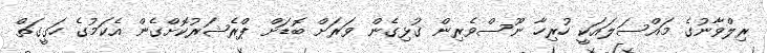
ރިލްވާނުގެ މައްސަލައަކީ ހުރިހާ ނޫސްވެރިން ގުޅިގެން ވަރަށް ބޮޑަށް ޕްރެޝަރުކޮށްގެން އެކަމުގެ ހަގީގަތް